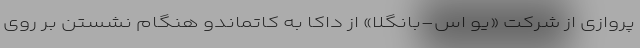
پروازی از شرکت «یو اس-بانگلا» از داکا به کاتماندو هنگام نشستن بر روی